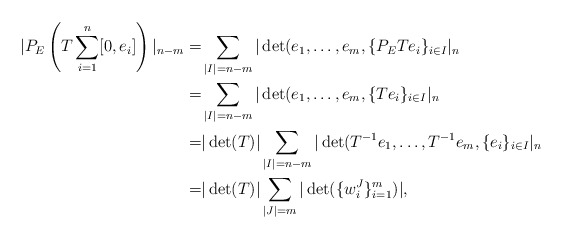
\begin{align*} |P_{E} \left(T \sum_{i=1}^n [0, e_i]\right)|_{n-m} = & \sum_{|I|=n-m} |\det(e_1, \dots, e_m, \{P_E T e_i\}_{i \in I}|_{n} \\=&\sum_{|I|=n-m} |\det(e_1, \dots, e_m, \{Te_i\}_{i \in I}|_{n}\\=& |\det(T)| \sum_{|I|=n-m} |\det(T^{-1}e_1, \dots, T^{-1} e_m, \{ e_i\}_{i \in I}|_{n} \\=& |\det(T)| \sum_{|J|=m}|\det(\{w_i^J\}_{i=1}^m)|,\end{align*}